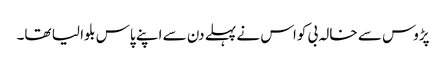
پڑوس سے خالہ بی کواس نے پہلے دن سے اپنے پاس بلوا لیا تھا۔